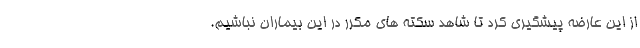
از این عارضه پیشگیری کرد تا شاهد سکته های مکرر در این بیماران نباشیم.